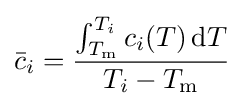
{\bar {c}}_{i}={\frac {\int _{T_{\mathrm {m} }}^{T_{i}}c_{i}(T)\,\mathrm {d} T}{T_{i}-T_{\mathrm {m} }}}